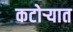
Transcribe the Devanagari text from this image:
कटोऱ्यात